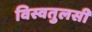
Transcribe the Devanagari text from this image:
विस्वतुलसी